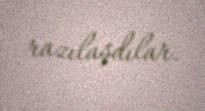
razılaşdılar.